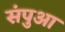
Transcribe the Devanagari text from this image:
संपुआ